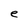
Character: e